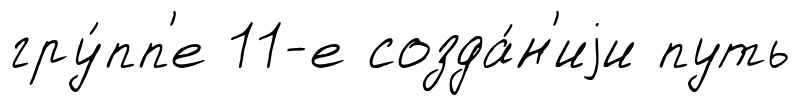
гру́пп'е 11-е созда́н'иjи путь